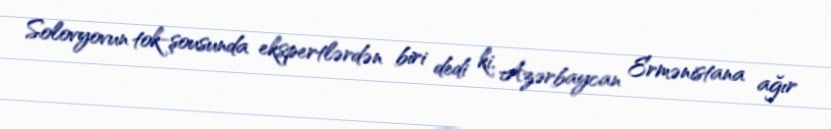
Solovyovun tok-şousunda ekspertlərdən biri dedi ki, Azərbaycan Ermənistana ağır